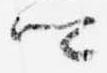
卿